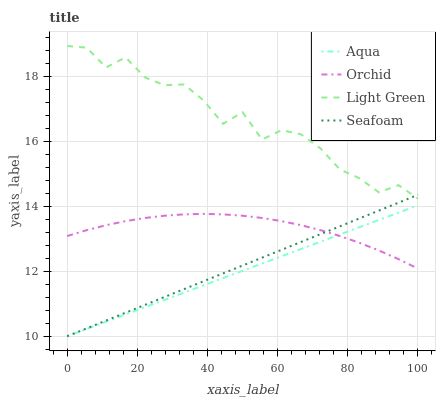
| xaxis_label | Aqua | Orchid | Light Green | Seafoam |
 | --- | --- | --- | --- | --- |
 | 0 | 10 | 13.1 | 18.9 | 10 |
 | 5.56 | 10.2 | 13.3 | 18.9 | 10.2 |
 | 11.1 | 10.4 | 13.4 | 18.3 | 10.5 |
 | 16.7 | 10.7 | 13.5 | 18.6 | 10.7 |
 | 22.2 | 10.9 | 13.6 | 18 | 11 |
 | 27.8 | 11.1 | 13.7 | 17.7 | 11.2 |
 | 33.3 | 11.3 | 13.8 | 17.8 | 11.5 |
 | 38.9 | 11.6 | 13.8 | 17.3 | 11.7 |
 | 44.4 | 11.8 | 13.8 | 16.5 | 11.9 |
 | 50 | 12 | 13.7 | 16.9 | 12.2 |
 | 55.6 | 12.2 | 13.6 | 16.1 | 12.4 |
 | 61.1 | 12.5 | 13.5 | 16.4 | 12.7 |
 | 66.7 | 12.7 | 13.4 | 16.2 | 12.9 |
 | 72.2 | 12.9 | 13.3 | 15.8 | 13.1 |
 | 77.8 | 13.1 | 13.1 | 15.1 | 13.4 |
 | 83.3 | 13.4 | 12.9 | 14.9 | 13.6 |
 | 88.9 | 13.6 | 12.6 | 14.4 | 13.9 |
 | 94.4 | 13.8 | 12.4 | 14.7 | 14.1 |
 | 100 | 14 | 12.1 | 14.2 | 14.4 |